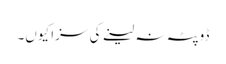
ڈوپٹہ نہ لینے کی سزا کیوں۔